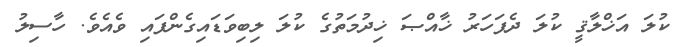
ކުލަ އަޚްލާޤީ ކުލަ ދެފަހަރު ޚާއްޞަ ޚިދުމަތުގެ ކުލަ ލިބިވަޑައިގެންފައި ވެއެވެ. ހާސިލު